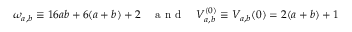
\omega _ { a , b } \equiv 1 6 a b + 6 ( a + b ) + 2 \quad \mathrm { ~ a ~ n ~ d ~ } \quad V _ { a , b } ^ { ( 0 ) } \equiv V _ { a , b } ( 0 ) = 2 ( a + b ) + 1